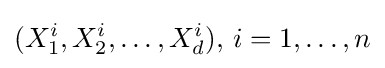
(X_{1}^{i},X_{2}^{i},\dots ,X_{d}^{i}),\,i=1,\dots ,n